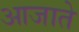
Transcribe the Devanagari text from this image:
आजाते